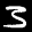
Label: 3